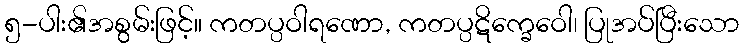
၅-ပါး၏အစွမ်းဖြင့်။ ကတပ္ပဝါရဏော, ကတပ္ပဋိက္ခေဝေါ၊ ပြုအပ်ပြီးသော